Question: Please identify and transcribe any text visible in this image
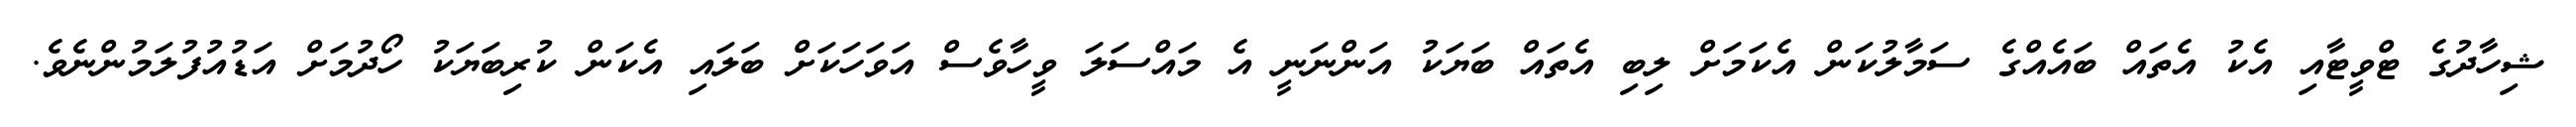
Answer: ޝިހާދުގެ ޓްވީޓާއި އެކު އެތައް ބައެއްގެ ސަމާލުކަން އެކަމަށް ލިބި އެތައް ބަޔަކު އަންނަނީ އެ މައްސަލަ ވީހާވެސް އަވަހަކަށް ބަލައި އެކަން ކުރިބަޔަކު ހޯދުމަށް އަޑުއުފުލަމުންނެވެ.